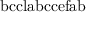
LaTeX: \mathrm { b c c l a b c c e f a b }